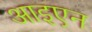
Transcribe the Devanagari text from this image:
आइएन